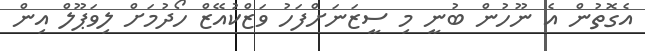
އެގޮތުން އެ ނޫހުން ބުނީ މި ސީޒަނަށްފަހު ވަޒްކުއޭޒް ހޯދުމަށް ލިވަޕޫލް އިން